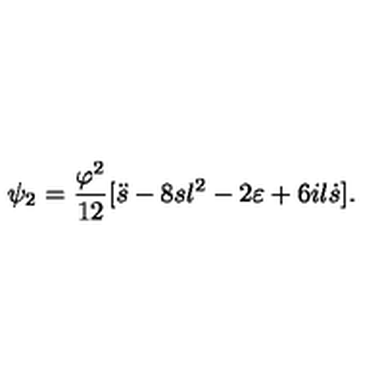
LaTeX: \psi _ { 2 } = \frac { \varphi ^ { 2 } } { 1 2 } [ \ddot { s } - 8 s l ^ { 2 } - 2 \varepsilon + 6 i l \dot { s } ] .